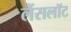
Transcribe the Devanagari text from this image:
लैंसलॉट